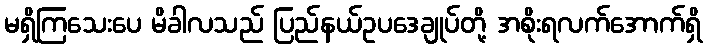
မရှိကြသေးပေ မိခါလသည် ပြည်နယ်ဥပဒေချုပ်တို့ အစိုးရလက်အောက်ရှိ